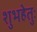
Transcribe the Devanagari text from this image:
शुभहेतुः